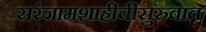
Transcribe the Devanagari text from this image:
सरंजामशाहीचीसुरुवात